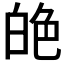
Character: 𦫙